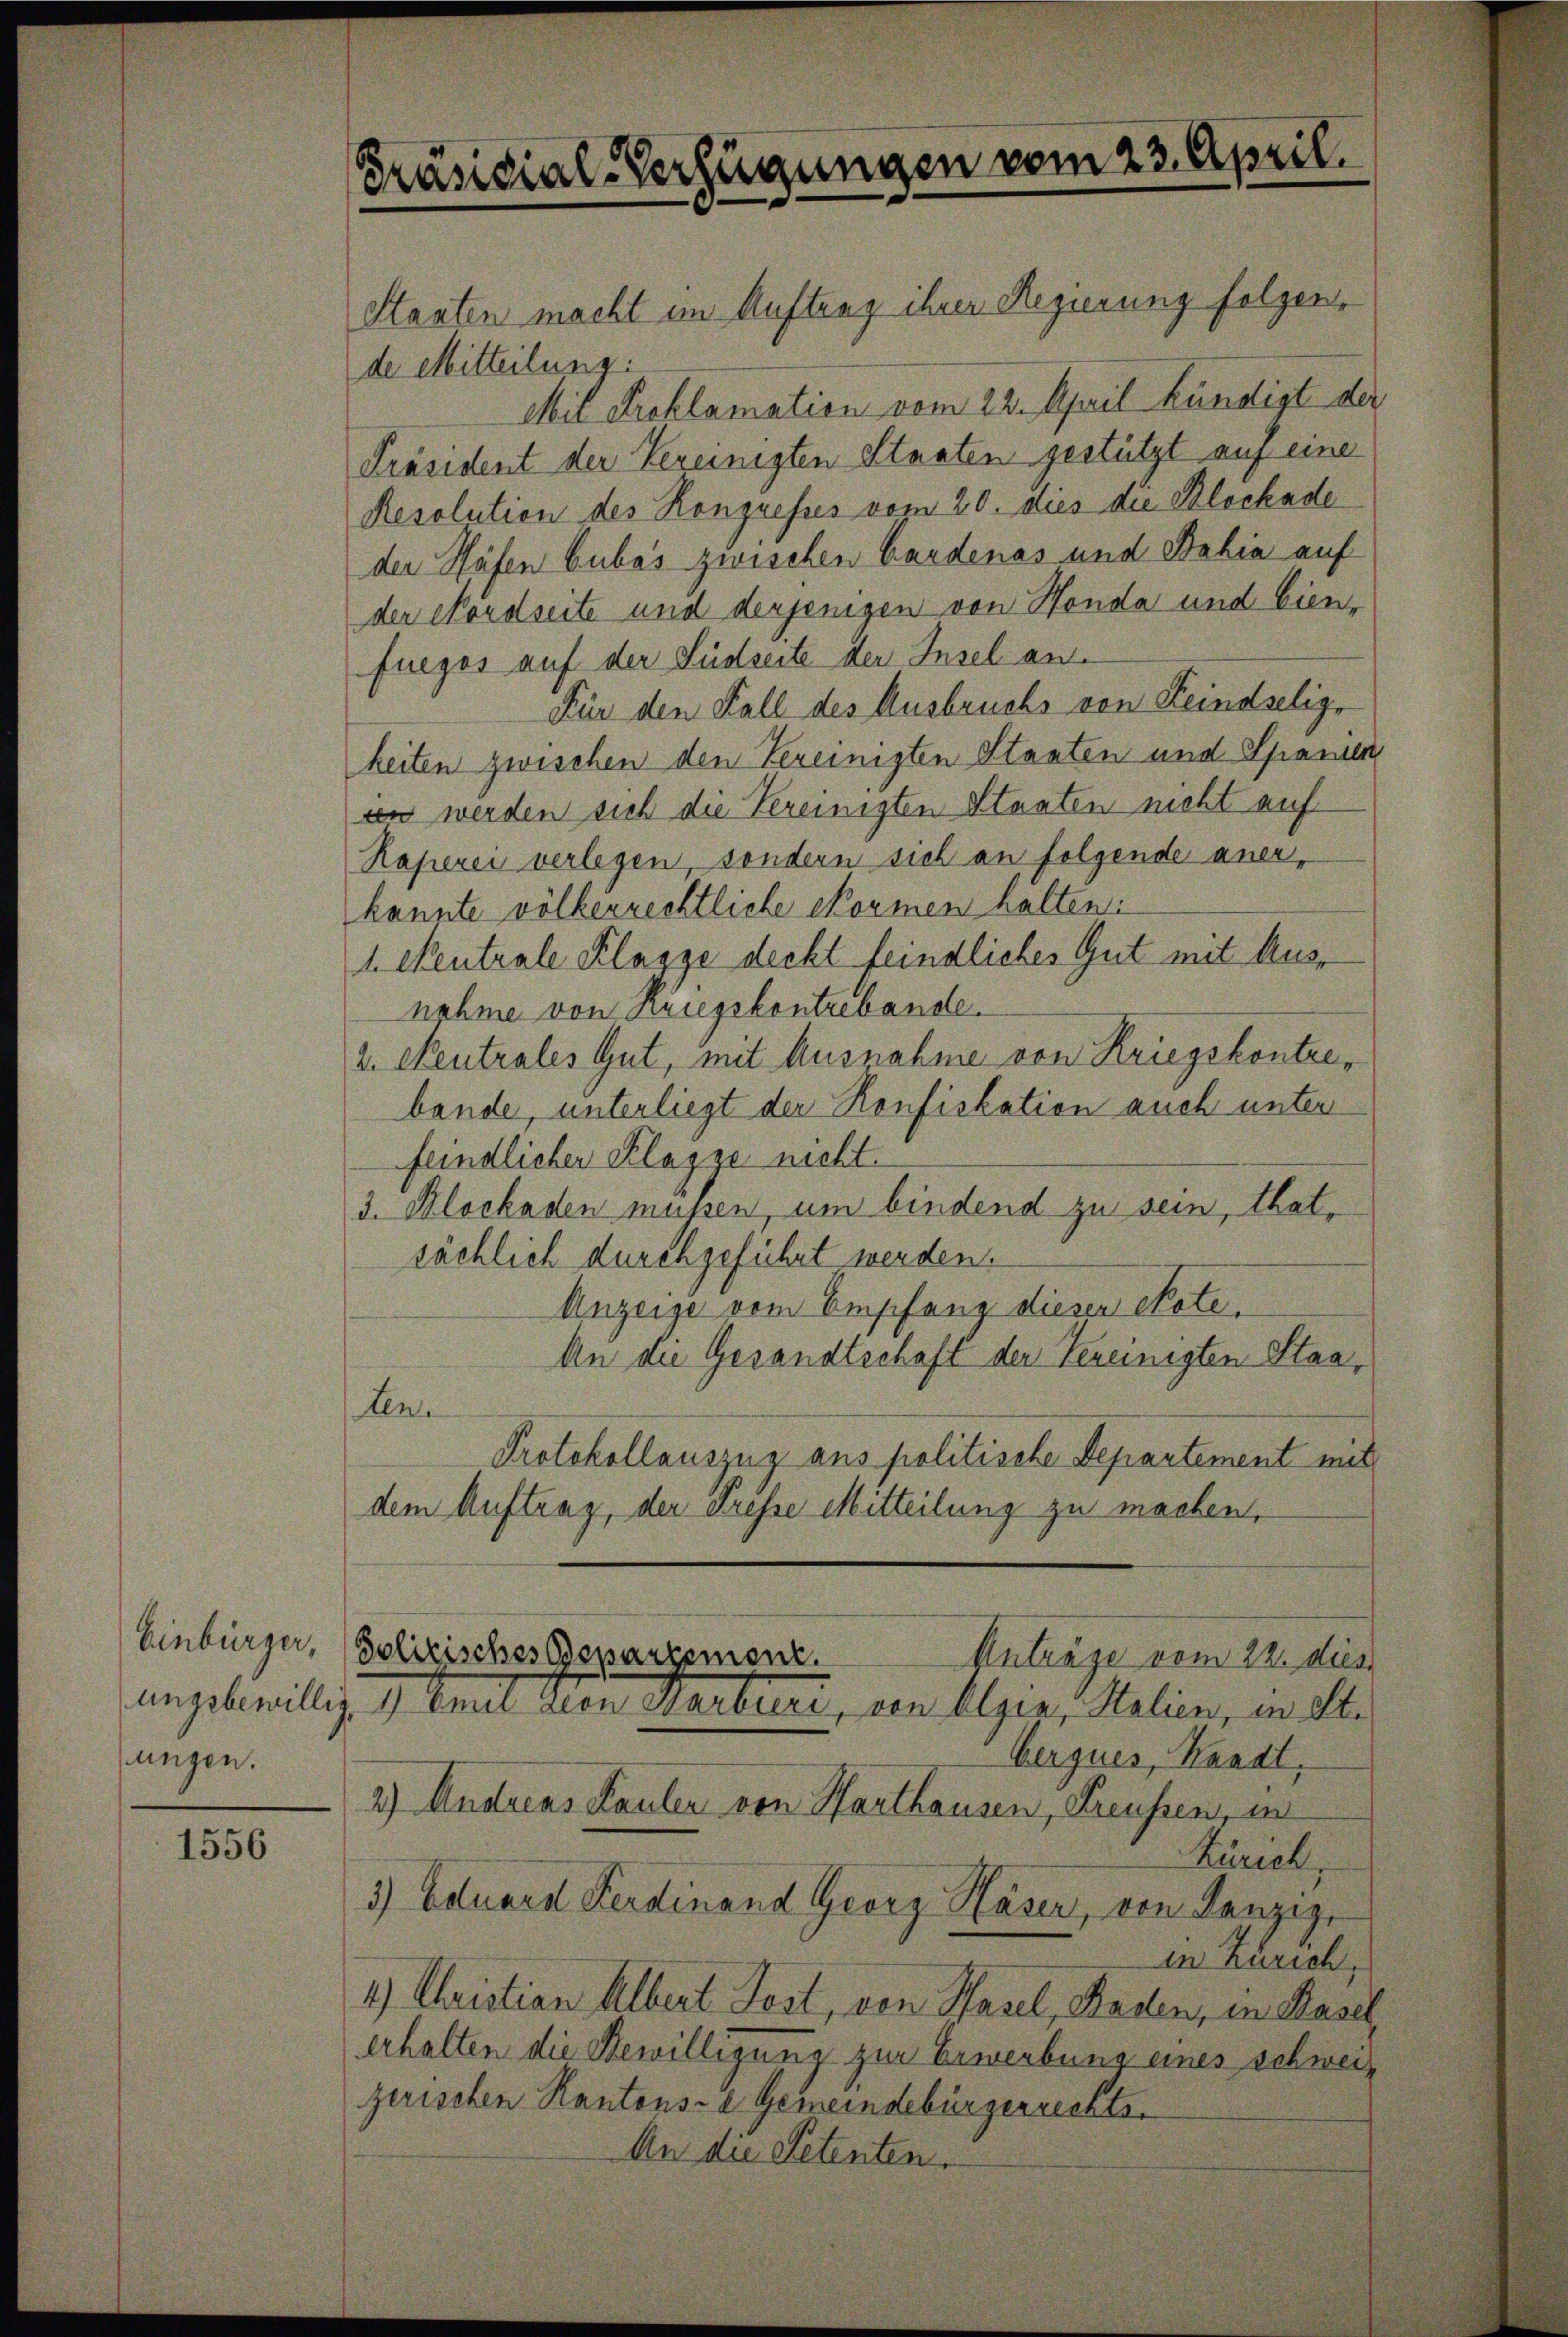
Einbürger,
jungen.

1556

Präsidial-Verfügungen vom 23. April.

Staaten macht im Auftrag ihrer Regierung folgen
de Mitteilung:
Mit Proklamation vom 22. April kündigt der
Präsident der Vereinigten Staaten gestützt auf eine
Resolution des Kongresses vom 20. dies die Blochade
der Häfen bubes zwischen Gardenas und Debia auf
der Nordseite und derjenigen von Honda und bien,
fueges auf der Südseite der Insel an¬
Für den Fall des Ausbruchs von Keindselige
keiten zwischen den Vereinigten Stanten und Spanien
in werden sich die Vereinigten Staaten nicht auf
Kaperei verlegen, sondern sich an folgende aner,
kannte völkerrechtliche Normen halten:
1. Centrale Klasse deckt feindliches Gut mit Ausnahme von Kriegskontrebande.
2. Neutrales Gut, mit Ausnahme von Kriegskontrebande, unterliegt der Konfiskation auch unter
feindlicher Klagze nicht.
3. Blochaden müssen, um bindend zu sein, that-
sächlich durchgeführt werden.
Anzeige vom Empfang diesen ekote¬
An die Gesandtschaft der Vereinigten Staaten.
Protokollauszug aus politische Departement mit
dem Auftrag, der Fresse Mitteilung zu machen,
Polizisches Repartemont.
Anträge vom 22. dies
ungsbewillig, 1 Emil Geon Harbiere, von Algia, Stalien, in St.
berques, Waadt,
2) Andreas Kaulen von Harthausen, Preussen, in
Zürich,
3) Eduard Ferdinand Georz Häser, von Lanzig,
in Zürich,
4.) Christian Albert Jost, von Hasel, Baden, in Basel
erhalten die Bewilligung zur Erwerbung eines schweiz
gerischen Kantons- & Gemeindebürgerrechts